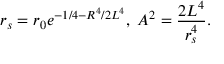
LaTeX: r _ { s } = r _ { 0 } e ^ { - 1 / 4 - R ^ { 4 } / 2 L ^ { 4 } } , \; A ^ { 2 } = { \frac { 2 L ^ { 4 } } { r _ { s } ^ { 4 } } } .